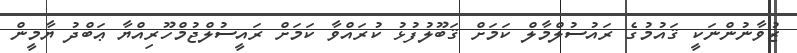
ޒުވާނުންނަކީ ޤައުމުގެ ރައުސުލްމާލް ކަމަށް ޤަބޫލުފުޅު ކުރައްވާ ކަމަށް ރައީސުލްޖުމްހޫރިއްޔާ ޢަބްދު ޔާމީން